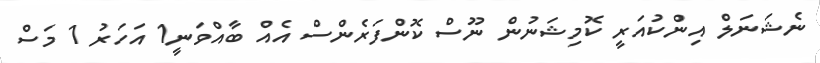
ނެޝަނަލް އިންކުއަރީ ކޮމިޝަނުން ނޫސް ކޮންފަރެންސް އެއް ބާއްވަނީ1 އަހަރު 1 މަސް